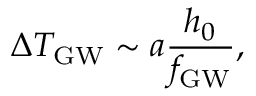
\Delta T _ { \mathrm { G W } } \sim a \frac { h _ { 0 } } { f _ { \mathrm { G W } } } ,